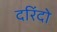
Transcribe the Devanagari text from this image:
दरिंदो